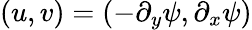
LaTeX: (u,v)=\left(-{\partial_{y}}\psi,{\partial_{x}}\psi\right)